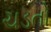
ચડતો